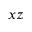
x z